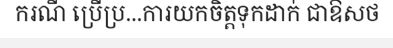
ករណី ប្រើប្រ...ការយកចិត្តទុកដាក់ ជាឱសថ